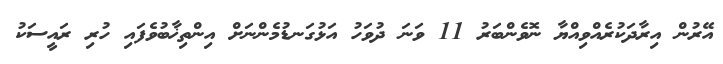
އޭރުން އިރާދަކުރެއްވިއްޔާ ނޮވެންބަރު 11 ވަނަ ދުވަހު އަޅުގަނޑުމެންނަށް އިންތިޚާބުވެފައި ހުރި ރައީސަކު